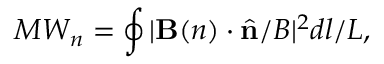
M W _ { n } = \oint | { \bf B } ( n ) \cdot \hat { \bf n } / B | ^ { 2 } d l / L ,